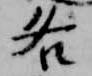
各